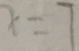
x = 7